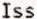
ISS